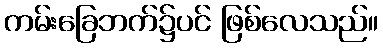
ကမ်းခြေဘက်၌ပင် ဖြစ်လေသည်။